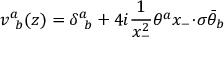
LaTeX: v _ { ~ b } ^ { a } ( z ) = \displaystyle { \delta _ { ~ b } ^ { a } + 4 i \frac { 1 } { x _ { - } ^ { 2 } } \theta ^ { a } x _ { - } { \cdot \sigma } \bar { \theta } _ { b } }